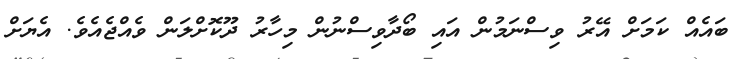
ބައެއް ކަމަށް އޭރު ވިސްނަމުން އައި ބޯދާވިސްނުން މިހާރު ދޫކޮށްލަން ވެއްޖެއެވެ. އެޔަށް